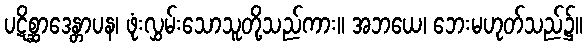
ပဋိစ္ဆာဒေန္တာပန၊ ဖုံးလွှမ်းသောသူတို့သည်ကား။ အဘယေ၊ ဘေးမဟုတ်သည်၌။